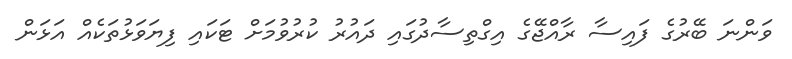
ވަންނަ ބޭރުގެ ފައިސާ ރާއްޖޭގެ އިގްތިސާދުގައި ދައުރު ކުރުވުމަށް ޓަކައި ފިޔަވަޅުތަކެއް އަޅަން